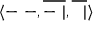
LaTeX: \langle - \ - , { \overline { { - \ | } } } , { \overline { { \ \ | } } } \rangle